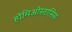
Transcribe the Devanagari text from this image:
होमिओस्तासिस